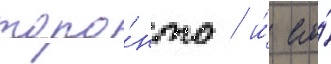
торо́нто / и́ его́